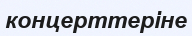
концерттеріне